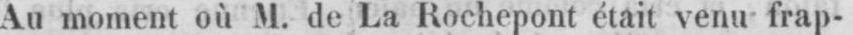
Au moment où M. de La Rochepont était venu frap-